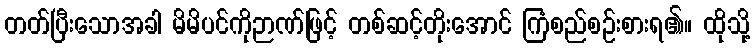
တတ်ပြီးသောအခါ မိမိပင်ကိုဉာဏ်ဖြင့် တစ်ဆင့်တိုးအောင် ကြံစည်စဉ်းစားရ၏။ ထိုသို့